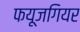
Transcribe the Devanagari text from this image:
फयूजगियर